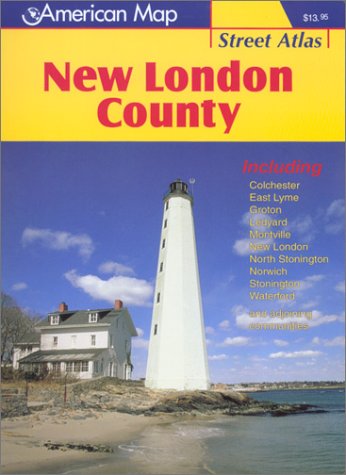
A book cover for New London County Street Atlas: Including Colchester, East Lyme, Groton, Ledyard, Montville, New London, North Stonington, Norwich, Stonington, Waterford, and Adjoining Communities; Inc. Arrow Map; Travel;